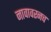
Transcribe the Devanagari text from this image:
नावावरनच